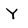
Character: Y